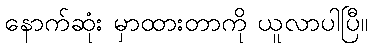
နောက်ဆုံး မှာထားတာကို ယူလာပါပြီ။